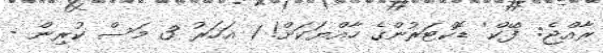
ރާއްޖެ: 'ފޭކް' ޑޮކްޓަރުންގެ ހާއްޔަކަށް! 1 އަހަރު 3 މަސް ކުރިން -